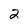
Character: 2